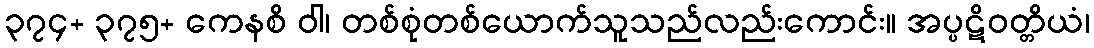
၃၇၄+ ၃၇၅+ ကေနစိ ဝါ၊ တစ်စုံတစ်ယောက်သူသည်လည်းကောင်း။ အပ္ပဋိဝတ္တိယံ၊